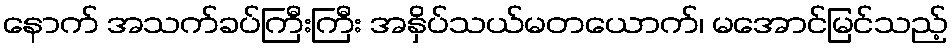
နောက် အသက်ခပ်ကြီးကြီး အနှိပ်သယ်မတယောက်၊ မအောင်မြင်သည့်